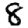
Digit: 8